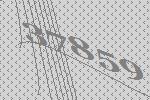
37859